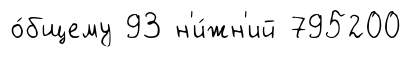
о́бщему 93 н'и́жн'ий 795200